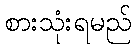
စားသုံးရမည်